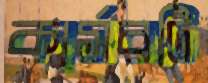
কার্সরটি